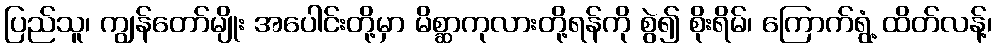
ပြည်သူ၊ ကျွန်တော်မျိုး အပေါင်းတို့မှာ မိစ္ဆာကုလားတို့ရန်ကို စွဲ၍ စိုးရိမ်၊ ကြောက်ရွံ့ ထိတ်လန့်၊